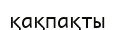
қақпақты